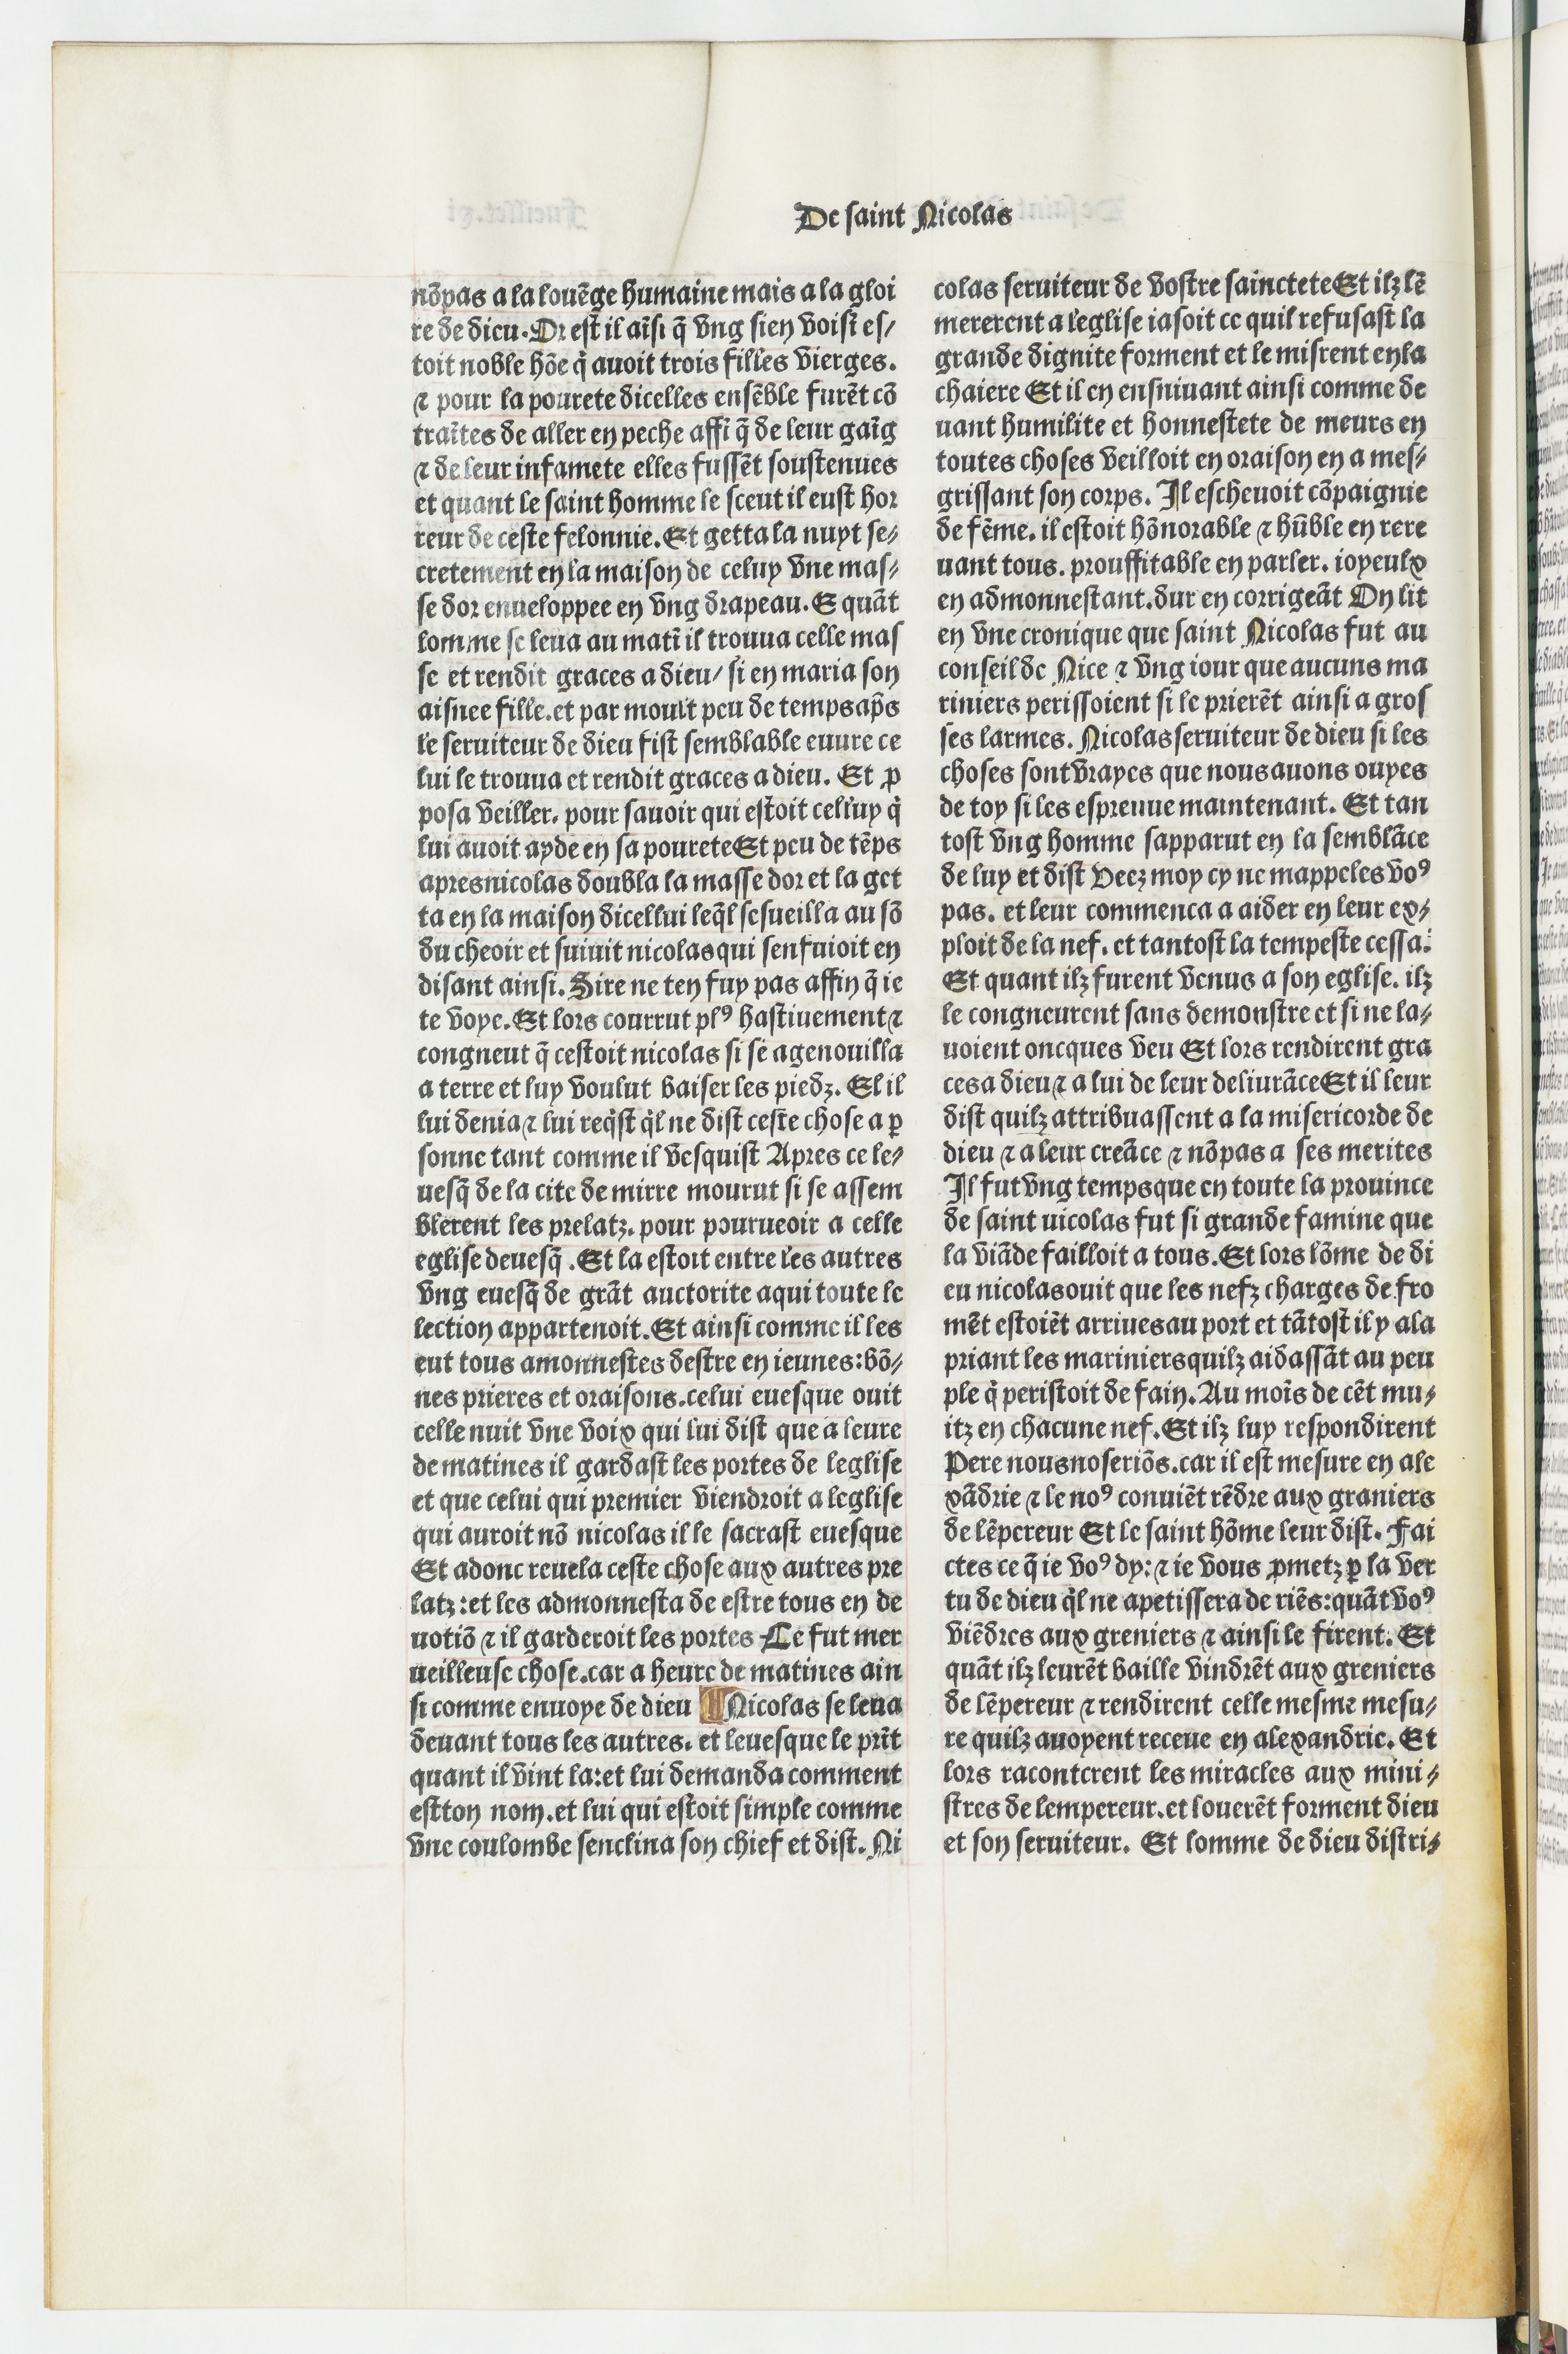
Shelfmark: Paris, BnF, Velins 690
Century: 15